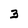
Character: 3